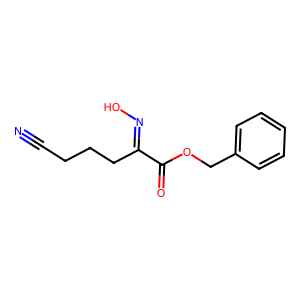
SMILES: N#CCCCC(=NO)C(=O)OCc1ccccc1
Inhibits HIV replication: No